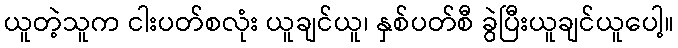
ယူတဲ့သူက ငါးပတ်စလုံး ယူချင်ယူ၊ နှစ်ပတ်စီ ခွဲပြီးယူချင်ယူပေါ့။